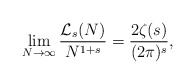
\begin{align*}\lim_{N\rightarrow\infty}\frac{\mathcal{L}_{s}(N)}{N^{1+s}}=\frac{2\zeta(s)}{(2\pi)^{s}},\end{align*}